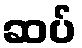
ဆပ်